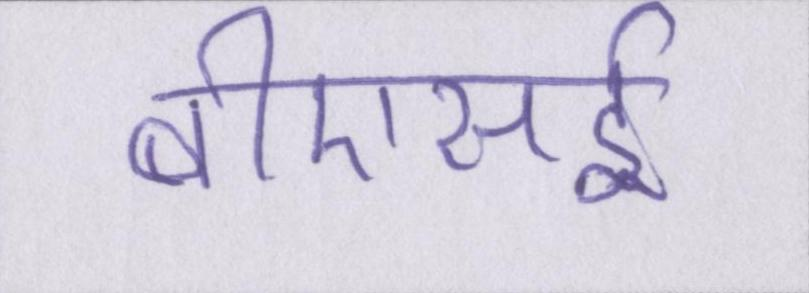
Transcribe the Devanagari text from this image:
बीएसई